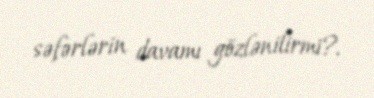
səfərlərin davamı gözlənilirmi?.